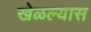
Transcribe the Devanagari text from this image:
खेळल्यास